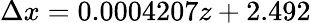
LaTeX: \Delta x=0.0004207z+2.492